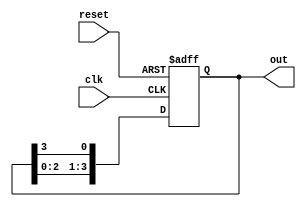
module ring_counter (
    input wire clk,      // Clock signal
    input wire reset,    // Asynchronous reset signal
    output reg [3:0] out // 4-bit output representing the state of the ring counter
);

    // Initial state of the ring counter
    initial begin
        out = 4'b1000; // Initialize to 1000
    end

    // Always block triggered on the rising edge of the clock or the reset signal
    always @(posedge clk or posedge reset) begin
        if (reset) begin
            out <= 4'b1000; // Reset to initial state
        end else begin
            // Shift the '1' through the ring counter
            out <= {out[2:0], out[3]}; // Rotate the bits
        end
    end

endmodule